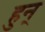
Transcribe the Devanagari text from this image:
हुन्